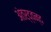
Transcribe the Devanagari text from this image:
अंतर्द्वन्द